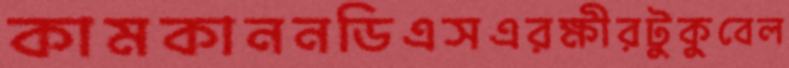
কামকাননডিএসএরক্ষীরটুকুবেল